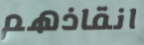
انقاذهم